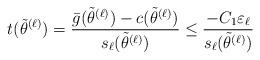
LaTeX: \begin{align*}t(\tilde \theta^{(\ell)})=\frac{\bar g(\tilde\theta^{(\ell)})-c(\tilde\theta^{(\ell)})}{s_\ell(\tilde\theta^{(\ell)})}\le \frac{-C_1\varepsilon_\ell}{s_\ell(\tilde\theta^{(\ell)})}\end{align*}